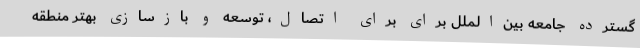
گسترده جامعه بین‌الملل برای برای اتصال، توسعه و بازسازی بهتر منطقه